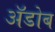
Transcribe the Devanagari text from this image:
ॲडोब